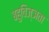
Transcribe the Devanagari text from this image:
बहुविज्ञता